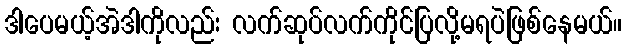
ဒါပေမယ့်အဲဒါကိုလည်း လက်ဆုပ်လက်ကိုင်ပြလို့မရပဲဖြစ်နေမယ်။